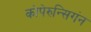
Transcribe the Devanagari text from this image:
कोपेरुन्सिगंन